Annual administration and progress report of the Indian Medical Department, Bombay
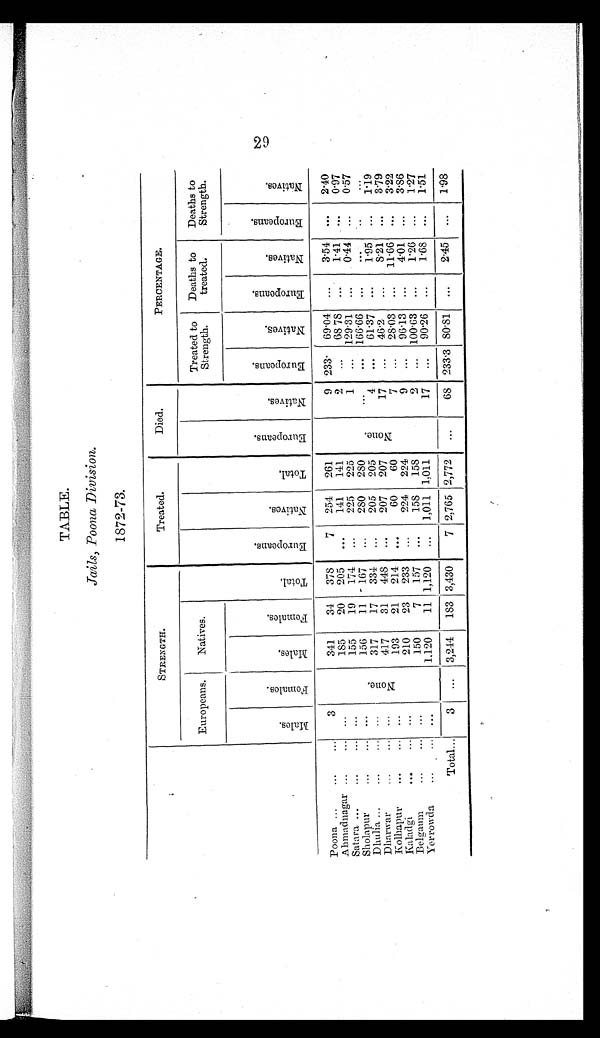
TABLE.
Jails, Poona Division.
1872–73.
STRENGTH.
Treated.
Died.
PERCENTAGE.
Europeans. Natives.
T o t a l .
E u r o p e a n s .
N a t i v e s .
T o t a l .
E u r o p e a n s .
N a t i v e s .
Treated to
Strength. Deat hs t o t reat ed. Deaths to
Strength.
M a l e s .
F e m a l e s .
M a l e s .
F e m a l e s .
E u r o p e a n s . N a t i v e s .
E u r o p e a n s . N a t i v e s .
E u r o p e a n s .
N a t i v e s .
Poona ... ... ... 3
N o n e .
341 34 378 7 254 261
N o n e .
9 233. 69.04 ... 3.54 ... 2. 40
Ahmadnagar ... ... ...
185 20 205 ... 141 141
2 ... 68.78 ... 1.41 ... 0.97
Satara ... ... ... ...
155 19 174 ... 225 225
1 ... 129.31 ... 0.44 ... 0.57
Sholapur ... . . . . . .
156 11 167 ... 280 280
... ... 166.66 ... ... . . . ...
Dhulia ... ... ... ...
317 17 334 ... 205 205
4 ... 61.37 ... 1.95 ... 1.19
Dharwar ... ... ...
417 31 448 ... 207 207
17 ... 46.2 ... 8.21 ... 3.79
Kolhapur ... ... . . .
193 21 214 ... 60
6 0
7 ... 28.03 ... 11.66 ... 3.22
Kaladgi ... ... ...
210 23 233 ... 224 224
9 ... 96.13 ... 4.01 ... 3.86
Belgaum ... ... ...
150 7 157 ... 158 158
2 ... 100.63 ... 1.26 ... 1.27
Yerrowda ... ... ...
1,120 11 1,120 ... 1,011 1,011
17 ... 90.26 ... 1.68 ... 1.51
Total... 3 ... 3,244 183 3,430 7 2,765 2,772 ...
6 8 233.3 80.81 ... 2.45 ... 1. 98
29